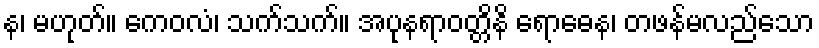
န၊ မဟုတ်။ ကေဝလံ၊ သက်သက်။ အပုနရာဝတ္တိနိ ရောဓေန၊ တဖန်မလည်သော